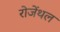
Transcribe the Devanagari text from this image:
रोजेंथल